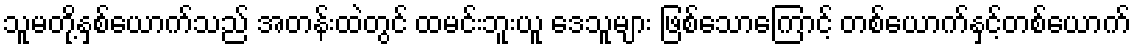
သူမတို့နှစ်ယောက်သည် အတန်းထဲတွင် ထမင်းဘူးယူ ဒေသူများ ဖြစ်သောကြောင့် တစ်ယောက်နှင့်တစ်ယောက်